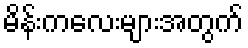
မိန်းကလေးများအတွက်